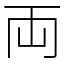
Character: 両